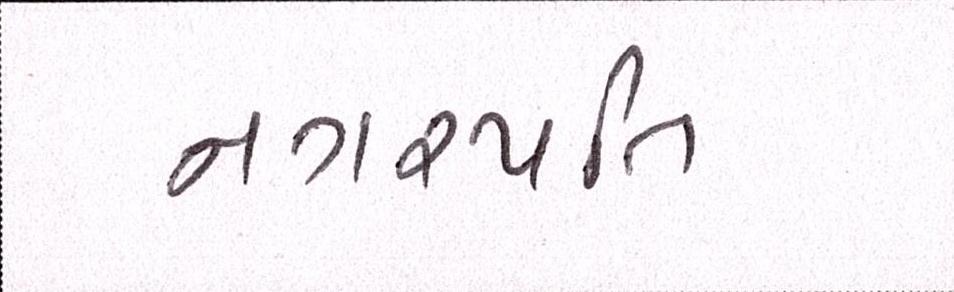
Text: નગરપતિ